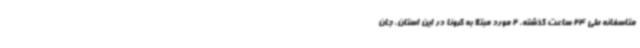
متاسفانه طی 24 ساعت گذشته، 2 مورد مبتلا به کرونا در این استان، جان